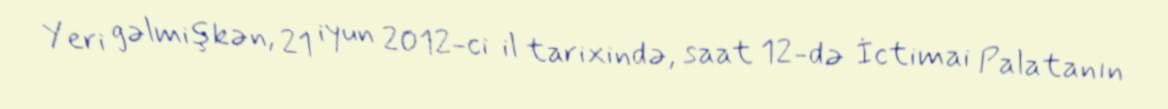
Yeri gəlmişkən, 21 iyun 2012-ci il tarixində, saat 12-də İctimai Palatanın